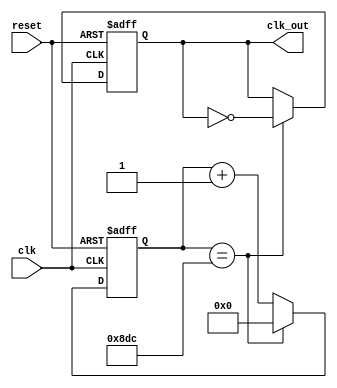
`timescale 1ns / 1ps
//////////////////////////////////////////////////////////////////////////////////
// Company: 
// Engineer: 
// 
// Design Name: 
// Module Name:    DivisorFrecuencia_ADC 
// Project Name: 
// Target Devices: 
// Tool versions: 
// Description: 
//
// Dependencies: 
//
// Revision: 
// Revision 0.01 - File Created
// Additional Comments: 
//
//////////////////////////////////////////////////////////////////////////////////
module DivisorFrecuencia_ADC #(parameter width = 12)
	(input wire clk, reset,
	output reg clk_out
    );
	
	reg [width-1:0] contador;
	
	always @(posedge clk or posedge reset)
    begin
      if(reset)
       begin
       contador <= 0;
       clk_out <= 1'b0;
       end
     else
       if(contador == 2268) //va convertir un el clk de 100Mhz a 44100hz
         begin
         contador <= 0;
         clk_out <= ~clk_out;
         end
      else
       begin
       contador<=contador+1;
       end
   end

endmodule